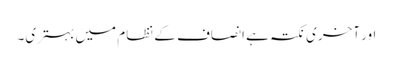
اور آخری نکتہ ہے انصاف کے نظام میں بہتری۔